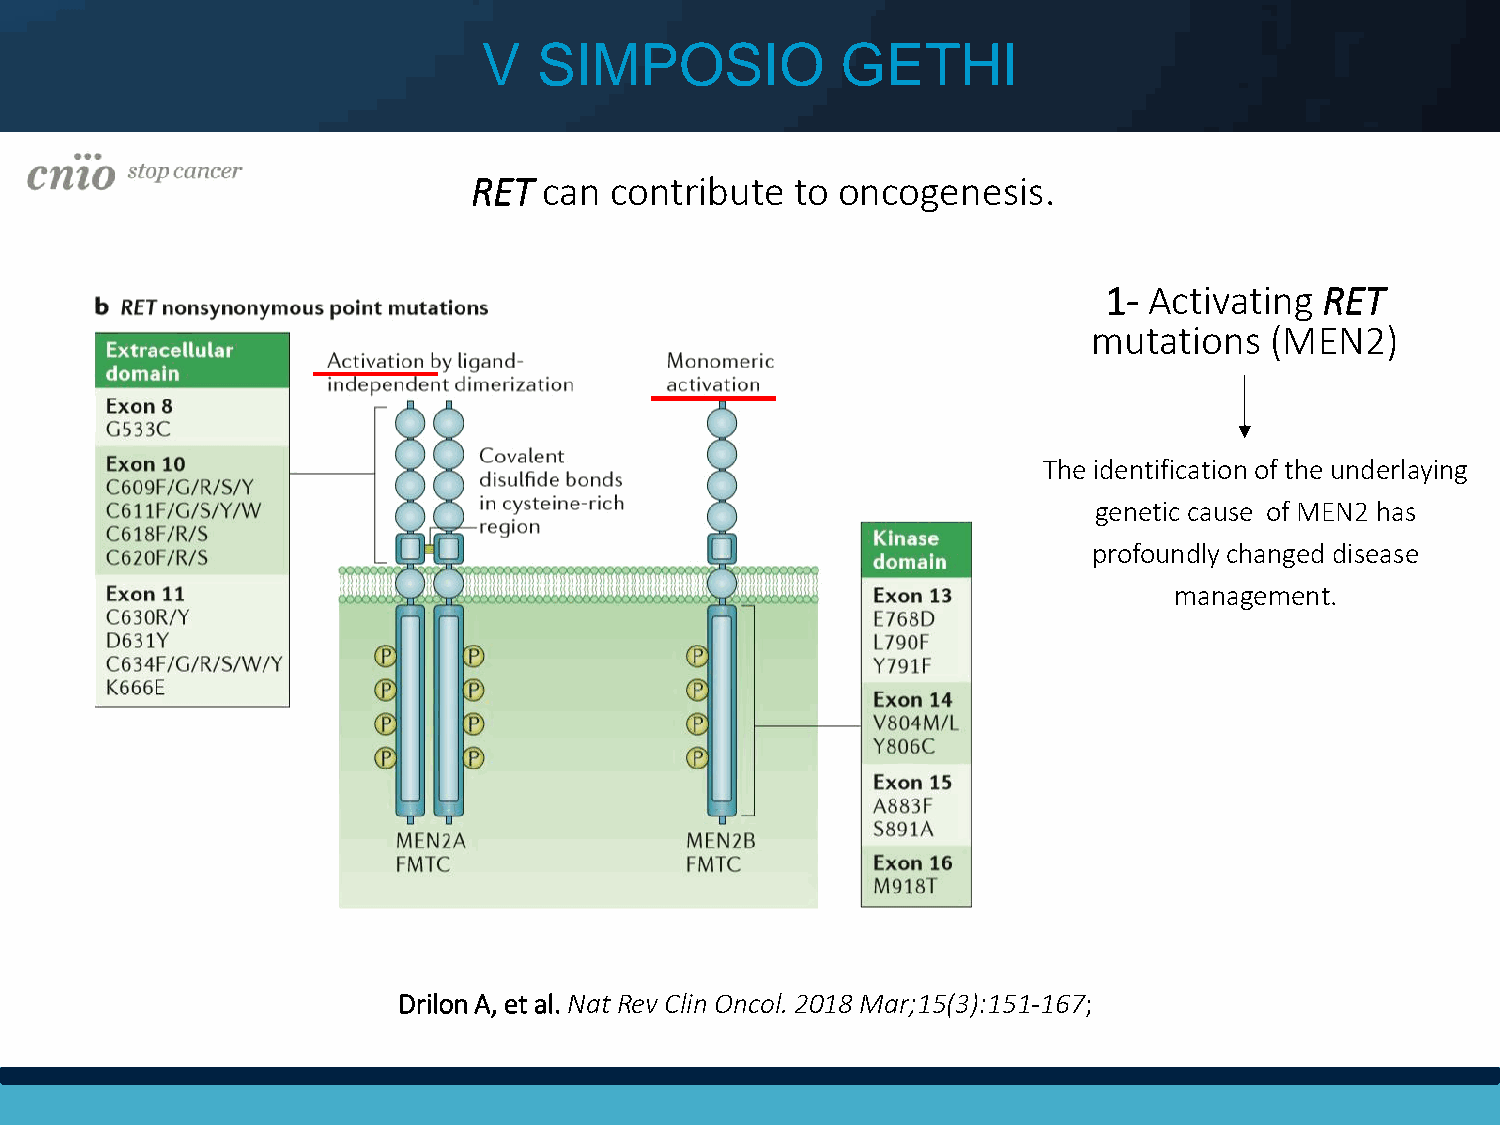
V   SIMPOSIO            GETHI
 RET  can contribute   to oncogenesis.
 1- Activating  RET
 mutations   (MEN2)
 The identification of the underlaying
 genetic cause of MEN2 has
 profoundly changed disease
 management.
 Drilon A, et al. Nat Rev Clin Oncol. 2018 Mar;15(3):151-167;